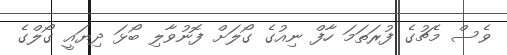
ވެސް މެޗުގެ ފުރަތަމަ ހާފް ނިއުގެ ގޯލަށް ފޮނުވާލި ބޯޅަ ދިޔައީ ގޯލްގެ